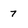
Character: 7